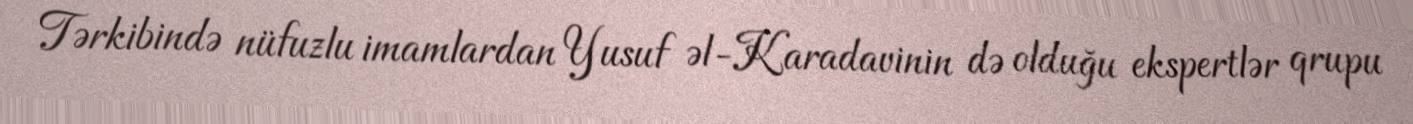
Tərkibində nüfuzlu imamlardan Yusuf əl-Karadavinin də olduğu ekspertlər qrupu